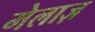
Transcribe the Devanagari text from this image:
मेलाज़